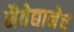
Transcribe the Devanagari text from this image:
नैवेद्यानेच